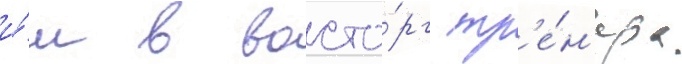
и́м в восто́рг тр'е́н'ера